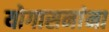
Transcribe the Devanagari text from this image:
योगासनांना